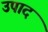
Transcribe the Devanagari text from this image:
उपाद